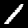
Digit: 1